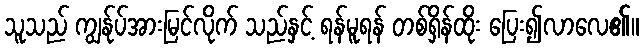
သူသည် ကျွန်ုပ်အားမြင်လိုက် သည်နှင့် ရန်မူရန် တစ်ရှိန်ထိုး ပြေး၍လာလေ၏။